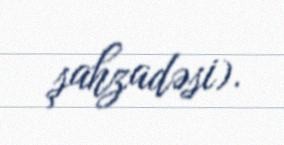
şahzadəsi).